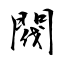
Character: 閥